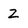
Character: Z